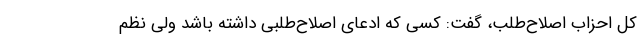
کل احزاب اصلاح‌طلب، گفت: کسی که ادعای اصلاح‌طلبی داشته باشد ولی نظم